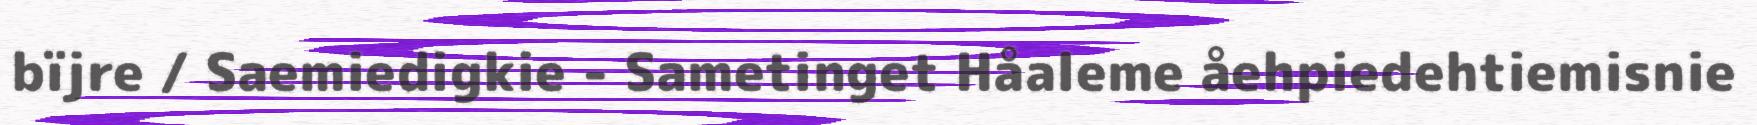
bïjre / Saemiedigkie - Sametinget Håaleme åehpiedehtiemisnie